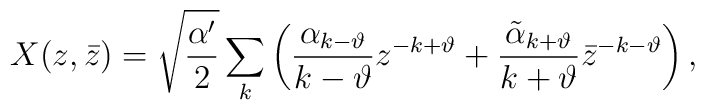
X(z,\bar{z})=\sqrt{\frac{\alpha'}{2}}\sum_{k}\left( \frac{\alpha_{k-\vartheta}}{k-\vartheta}z^{-k+\vartheta}+\frac{\tilde{\alpha}_{k+\vartheta}}{k+\vartheta}\bar{z}^{-k-\vartheta}\right),